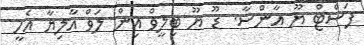
ފަސްޓް ޔޫ އާންސާ. ޑޫ ޔޫ ބިލީވް އިން ލަވް އާލިޔާ އެހީ